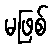
မဖြစ်